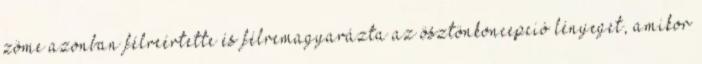
zöme azonban félreértette és félremagyarázta az ösztönkoncepció lényeget, amikor